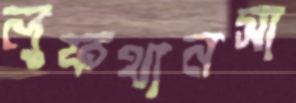
লুফথানসা